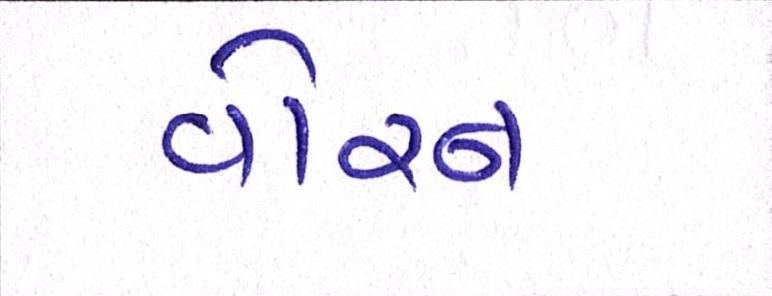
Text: વોરન